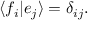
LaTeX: \langle f _ { i } | e _ { j } \rangle = \delta _ { i j } .